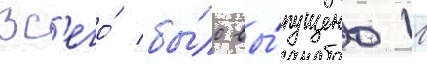
Вс'его́ бы́ло вы́пущено 11